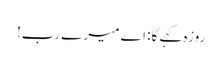
روزہ کہے گا: اے میرے رب!